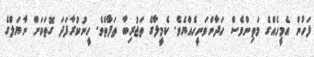
ފަހުން އެމީހެއްގެ މަތިންވެސް ހަދާންވަނީހެއްޔެވެ. ކެމީލާގެ ތަޖުރިބާ ތަފާތެވެ. ހީނުކުރާފަދަ ގޮތަކަށް ނާޔަލްގެ